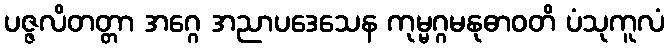
ပဇ္ဇလိတတ္တာ အဂ္ဂေ အညာပဒေသေန ကုမ္မဂ္ဂမနုဓာဝတိ ပံသုကူလံ